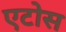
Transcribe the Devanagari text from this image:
एटोस